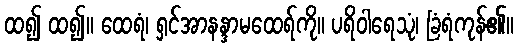
ထ၍ ထ၍။ ထေရံ၊ ရှင်အာနန္ဒာမထေရ်ကို။ ပရိဝါရေသုံ၊ ခြံရံကုန်၏။